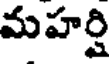
మహర్షి